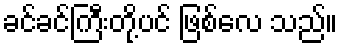
ခင်ခင်ကြီးတို့ပင် ဖြစ်လေ သည်။